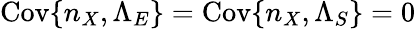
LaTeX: \mathrm{Cov}\{ n_{X},\Lambda_{E}\} =\mathrm{Cov}\{ n_{X},\Lambda_{S}\} =0